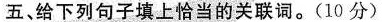
五给下列句子填上恰当的关联词。(10分)